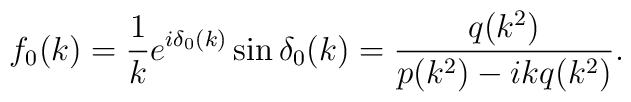
f_0(k) = \frac{1}{k}e^{i\delta_0(k)}\sin\delta_0(k)=\frac{q(k^2)}{p(k^2) - ikq(k^2)}.